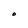
Character: O